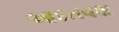
આદતવશ